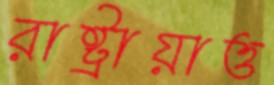
রাষ্ট্রায়াত্ত